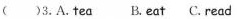
()3.A.tea B.eat C.reac